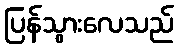
ပြန်သွားလေသည်